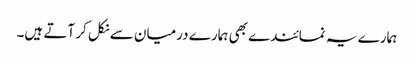
ہمارے یہ نمائندے بھی ہمارے درمیان سے نکل کر آتے ہیں۔